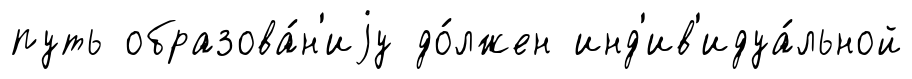
путь образова́н'иjу до́лжен инд'ив'идуа́льной